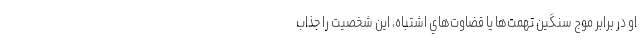
او در برابر موج سنگين تهمت‌ها يا قضاوت‌هاي اشتباه، اين شخصيت را جذاب